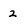
Character: 2